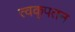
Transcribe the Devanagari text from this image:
त्वक्‌पतन